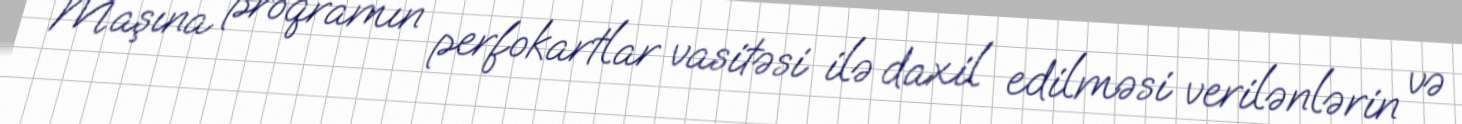
Maşına proqramın perfokartlar vasitəsi ilə daxil edilməsi verilənlərin və